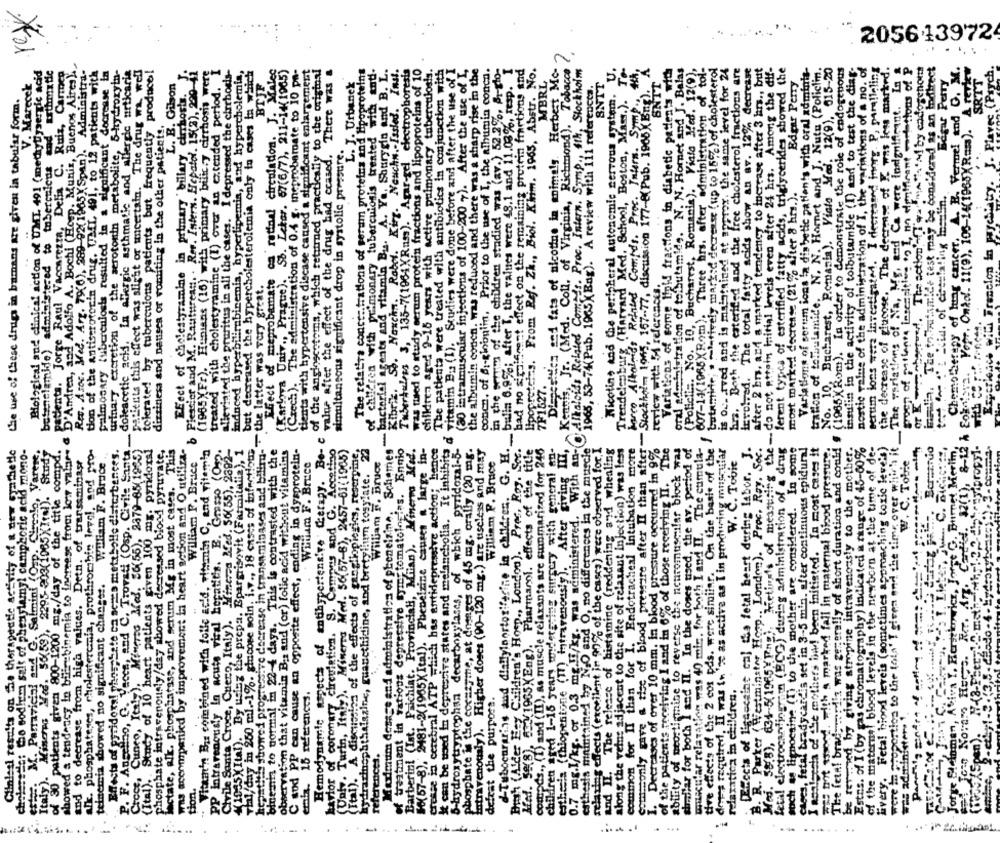
......
205643972
......
tion of the antiserotonin drug. TEL, 491, to 12 patients with
(2) intramuscular injections of 100-200 7). After the use of L
in the werym of the children stadied was (av.) 52.2%, Br-to-
Tubocuraring and dallylportorifarine in children. G. H ._ bulla 6.970; after T, the values were 48.1 and 11.08%, resp. I
sifeest effect on the remaining protein fractions and
Diegesites and fate of nicotine in animals. Herbest Mo-
as, Jr. (Med. Coll. of Virginia, Richmond), Tobacco
To
oral administration of tolbutamide. N. N. Hornet and J. Balas
(Policlis. No. 10, Bucharest, Romania). Viata Med. 12(9),
607-14(1965X(Rom). Three hrs. after administration of tol-
butamide; . latively mark:d decrease (up to 155%) of cholesterol
is oc- food and is maintained at approx. the same level for 24
hrs. Both the esterified and the free cholesterol fractions are
The total fatty acids show an av. 12% decrease
after 2 hrs, and a marked tendency to increase after 3 hrs ., but
Med. 58(8), 634-5(1965%Ing), Metinals of measuring the - do not ettois mitial levels even after 24 hrs. Among the dif-
No. 10, Bucharest, Pomania). Victo Med. 12(9), 615-20
(1965X Rom). In order to demonstrate the role of endogenous
insulin in the activity of tolbutamide (I) and to test the diag-
portic value of the administration of I, the variations of a no. of
Frogn of pallante intespition on I, in dentfrant -notions of P
The action-Team"."al by cadogenom
ERA. The tofutam!de test may be considered as an todirect
Chemotherapy of lung cancer. A. B. Vermel end O. M.
Experience with Freselon in payelitry. J. Plavec (Psych.
Biological and clinical action of UMI 491 (methytiysertic acid
Erthmx tic
patients. Jorge Raul Vaccarezza, Delia C. Ruiz, Carmeg
od Adolfo A. Bochi (Hosp. Muniz, Buenos Aires).
Rec. Asoc. Med. Arg. 79(0), 289-92(1965) Span). Administra-
palmosary tuberculosis resulted in a significant decrease in
urinary excretion of the serotonin metabolite, 5 hydroxyin
P. F. Angelibo, Q. Vecca, and C. Trovati (Osp. Civile Santa. doleacetic acid. In allergic asthmatic and allergic urticaria
patients this effect was slight or uncertain. The drug wa well
tolerated by tuberculous patients but frequently produce!
Efect of cholestyramine in primary' billary ciuhosts. J
Plesdier and M. Rautureatt. . Res. Intern. Hepatel. 15(2), 220-41
(1965XFr). Hunians (16) with primary biffcry cirrhosis were
treated with cholestyramine (1) over an extended period. I
alleviated the pruritus in all the cases. I depressed the cirrhosis-
indneed hyperbilirubinemia, hyperlipemia, and hypercholemis,
but decreased the hypercholesterolemia only to cases in which
ca ratinal circulation. J. Malec
Sb. Lebor. 67(6/7), 211-14(1965)
The administration of 0.4 g, meprobarate to 10 pa-
tients with hypertensive discase caused a significant enlargement
of the angioscetous, which returned practically to the original
value after the effect of the drug bad ccased. There was &
The relatirs conce: trations of serum proteins and Hipoproteins
of children with pulmonary tuberculosis treated with anti-
A. Yo Shuryela and B. L.
Neuchn .- Issled. Inst.
Tubertalors 3, 135-7(1964XRum). Agar-gel electrophoresis
was tued to study serum protein fractions and lipoproteins of 10
children aged 9-16 years with active pulmonary tuberculosis.
The patients were treated with antibiotics in conjunction with
d vitamin B .: (I). Studies were done before and after the use of I
the albumin concn. was reduced and there was a sharp rise in the
Prior to the use of I, the albumin conca.
lipopretchs. From Ref. Zk ., Biol. Klim. 1965, Abstr. No.
0.7 mg.1/kg. or 0.3 mg.11/kg. was administered. With an- Alkaloids Related Compes. Proc. Intern. Symp ., 4th, Stockholm
Nicotin, and the peripheral autonomic servous system. U.
A
Variations of sorve link! fractions in diabetic patients with
ferent types of esterified fatty acids, triglycerides showed the
Variations of serum ions la diabetic patients with oral adminis-
tration of tombulamide. N. N. Homet and J. Nute (Policlim.
Bertin long were Investigated. I decreased inorg. P, paralleling
the decrease of glucose. The decrease of K was less marked.
Bagar Perry
dd. 32(1), 8-12 & Cokatora. Voir. Omkdl. 11(9), 106-14(1965XR=). ARE
SRTT
V. Marecek
L. B. Gilson
BTJF
L. J. Urbanek
MBRL
1965, 53-74(Pub. 1965 XBag). A review with 111 references.
8NTT
SNIT
Edgar Perry
commonly gave a tiee of blood pressure after II than after- Stockholm. 1965, 167-77, discussion 177-8(Pub. 1966)( Eng).
the use of these drugs in bamans are given in tabular form.
Trendelenburg (Harvard Med. School, Boston, Mass.).
Comtds. Proc. Intern. Sym
dizziness and nausea or vomiting in the other patients.
simultaneous significant drop in systolic pressure.
butenelamide) administered to tubercuicus
most marked decrease (21% after 8 hrs.).
seats and vitamin Bu.
bacter Nowcha. Robot.
Effect of meprobamate
(Karlova Univ ., Prague) ..
Til/day in 250 ml .- 1%. glucose soin. i.v ., 18 cases of fateodote - the latter was very great.
review with ? references.
Related
concn. of 6 :- globulin,
D'Andrea, and
bad no state
7F1527.
(Czech).
Kibrik.
Hemodynamic aspects of antihypertensive Cerapy. Be- c
tive effects of the 2 cos pds. were similar. On the basis of the I
showed a tendency in bilir binemia to increese from lotr value.
hepatitis showed progressive decrease in transaminases and bilira-
16(57-8), 2481-2(1965XItal). Phenelzine causes a large in-
5-hydroxytryptophan decarboxylases, of which pyridoxal-5-
moods ., (1) and (II), as muscle relaxants are summarized for 246
children aged 1-15 years andetgring surgery with general on-
estherin (thlogentone (II) Intravenously). After giving I'M,
then was 40 min. for both I and II. The cumula-
such as lignocaine (I) to the mother are considered. In some
cages, fetal bradycardis set in 3-5 min. after continuous epidural
The feta! bradyverdia was generally of short duration and could!
ned by giving stropine intravenously to the mother-
Estns. of I (by gas chromatography) indicated a range of 45-60%
Every. Fetal hiond leveis (sometimes approaching toxic leve's)
proportion to the tola' T given and the time over which it.
Jorge Stelaman, Aviva Y. Herstkowicz, Jorge G. Burnet Merim,
Clinical results on the therapeutic activity of a new synthetic
cholerades to sodium salt of phenylamyl camphoric acid mono-
M. Parravicini and G. Salmini (Oup. Circolo, Varere.
2295-203(1965XItel). Study
of 30 patients given 800-1200 mg./day of the title compd.
alk. phosphateses, cholesterenla, prothrombin level, and pro-
Effects of pyridoxal phes-Sate ca seres mettbolle disterbences.
Croce, Cuneo, Italy). Mineros Med. SC(56), 2379-85(1995)
acy of 10 heart patients given 100 mg. pyridors!
phosphate intravenously/day showed decreased biosi pyruvate,
lactate, alk. phosphatase, and serum Mg in most cases. This
was accompanied by improvement ia heart action and O utiliza-
William P. Bruce
". Vitamin B. combined with folle acid, vitamin C, and vitemba
Grasso (042.
Civile Santa Croce, Cuero, Italy). Mincca Bed. 36(55), 2392-
(1935)Ital). By using the prepa. Bpargrisovit (Farmaitalia), 1
binemia to normal E 22-4 days. This is contrasted with the
observation that vitamin B .: and (or) folic acid without vitamins
C sod PP can cause an opposite effect, ending in dysprotein-
(Vat. Turin, Italy). Minerva Med. 56(57-8), 2457-61(1965)
(Ital). A discussion of the effects of gangliopiegics, reserpine.
hydrazinophthalazine, guacethidine, and bretylium tosylate. 22
Schemes
of treatment in vations depressive tymy tomatologins. Ennio
Barberini (Ist. Psichiat, Provinciali, Mifan). Minerva Med.
cresse ia cerebral ATP which has antidepressive action; hence
It can be woed In depressive states and melancholia. It inhibits
phosphate is the cocasyine, at dosages of 45 mg. orally (20 mg.
Lotravenously). Higher doses (90-120 mg.) are useless and may
Bush (Aider Egy Children's Hosp ., London). Prec. Roy. Soc.
Med. Se(8), 8mm ( 1965(Eng). Pharmarol. effects of the title
esthesia maintained by NO and O, no differences in the muscle
relaxing effects ( excellent in 90% of the cassa) were observed for.
The release of histamine (reddening and whealing
along the veins adjacent to the site of relaxant Injection) was less
common for II than for I. Endotracheal intubation more
cases of over 10 mm. In blood pressure occurred in 9%
of the patients receiving I and in 6% of those receiving II. The
ability of neostigmine to reverse the neuromuscular block was
similar for both I and II. In the doses used, the av. period of
deres required, II was in 'se as active as I in procuring muscular
Efects of ligescaine ca] the fetal beart during labor. J.
B. R. Parker ( Westminster Hopp .. London). Proc. Ray. Soc.
fetal electrocardingsin (BCG) during administration of a drug
I aoalscola of the mothers biw! been initiated. In most cases it
TAS bort tssond. with a marked fall in maternal blood pressure.
of the maternel blood levels in the newborn at the time of de-
T. Ligger, jur. C. ofchico:
and to decrease from high values. Detn. of transaminast
Wwiam F. Bruce .
William F. Bruce
William F. Bruce
William P. Bruce
W. C. Tobie
W. C. Tobie
havior of coronary cireviation. S. Campos and G.
Maximtim dosage and administration of phoneizine.
PP intravenously in acute viral hepatitis. E
telnemia showed no significant changes.
Italy). Minces Ved. 56(59),
emhla. 16 references.
relaxatica in children.
defrat the purpose.
olecular relaxation
was administers !
were In pro
references.
(Ital). .
and II.
Italy
tion.
I.
sysces)
.
.....
..: 14 ........
-